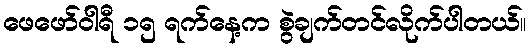
ဖေဖော်ဝါရီ ၁၅ ရက်နေ့က စွဲချက်တင်လိုက်ပါတယ်။